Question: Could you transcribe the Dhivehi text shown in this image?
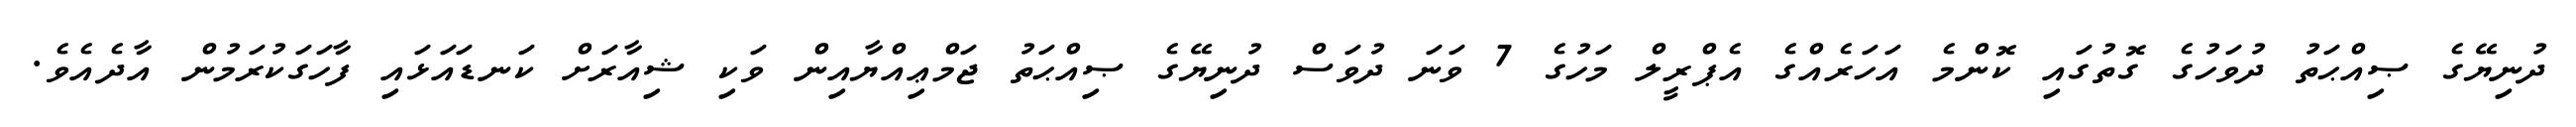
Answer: ދުނިޔޭގެ ޞިއްޙަތު ދުވަހުގެ ގޮތުގައި ކޮންމެ އަހަރެއްގެ އެޕްރީލް މަހުގެ 7 ވަނަ ދުވަސް ދުނިޔޭގެ ޞިއްޙަތު ޖަމްޢިއްޔާއިން ވަކި ޝިއާރަށް ކަނޑައަޅައި ފާހަގަކުރަމުން އާދެއެވެ.